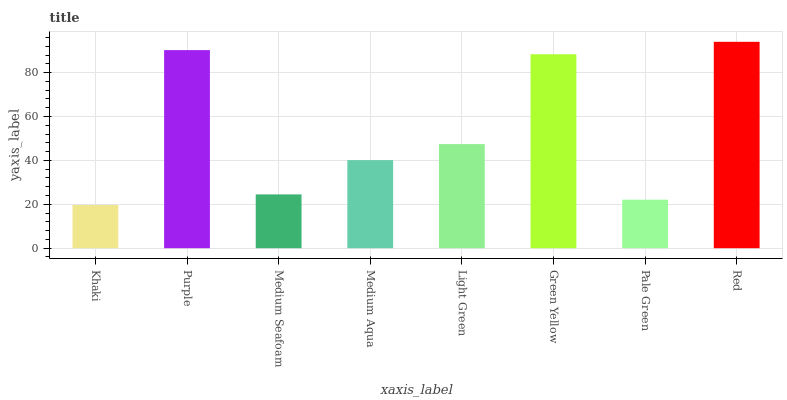
| xaxis_label | bars |
 | --- | --- |
 | Khaki | 19.7 |
 | Purple | 90.2 |
 | Medium Seafoam | 24.5 |
 | Medium Aqua | 40.1 |
 | Light Green | 47.4 |
 | Green Yellow | 88.3 |
 | Pale Green | 22.1 |
 | Red | 94 |